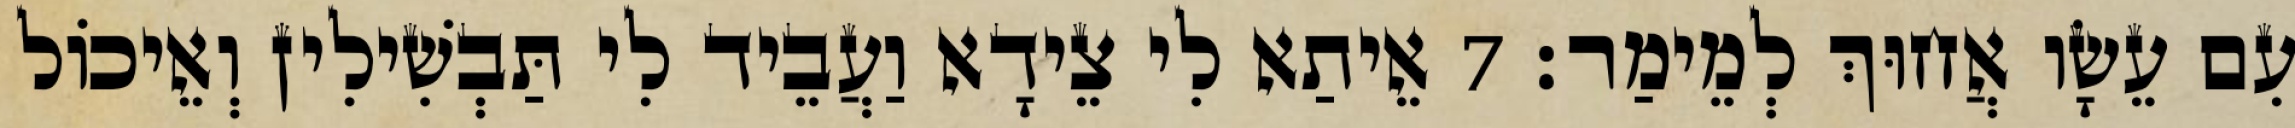
עִם עֵשָׂו אֲחוּךְ לְמֵימַר׃ 7 אֵיתַא לִי צֵידָא וַעֲבֵיד לִי תַּבְשִׁילִין וְאֵיכוֹל